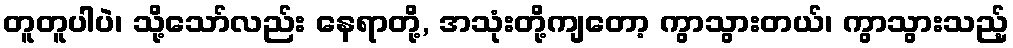
တူတူပါပဲ၊ သို့သော်လည်း နေရာတို့, အသုံးတို့ကျတော့ ကွာသွားတယ်၊ ကွာသွားသည့်